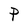
Character: P